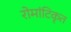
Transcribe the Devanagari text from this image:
रोमांटिकृत